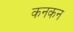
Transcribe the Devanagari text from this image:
कनकन